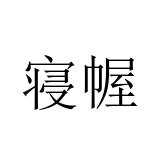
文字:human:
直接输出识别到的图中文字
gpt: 寝幄